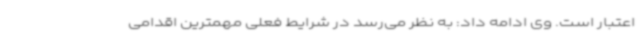
اعتبار است. وی ادامه داد: به نظر می‌رسد در شرایط فعلی مهمترین اقدامی